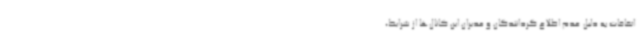
اتفاقات به دلیل عدم اطلاع گردانندگان و مدیران این کانال‌ها از شرایط،